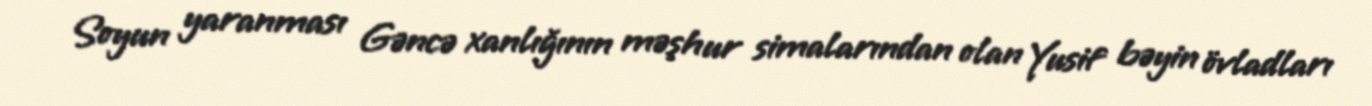
Soyun yaranması Gəncə xanlığının məşhur simalarından olan Yusif bəyin övladları